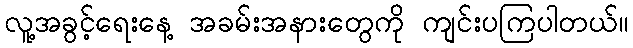
လူ့အခွင့်ရေးနေ့ အခမ်းအနားတွေကို ကျင်းပကြပါတယ်။